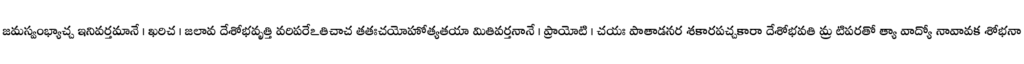
జమస్వంభ్యాచ్చ ఇనివర్తమానే । ఖరిచ । జలావ దేశోభవృత్తి వరిపరేఽతిచాచ తతఃచయోహోత్యతయా మితివర్తనానే । ప్రాయోటి । చయః పాతాడనర శకారపచ్చకారా దేశోభవతి మ్ర టిపరతో త్యా వాద్యో నావావక శోభనా